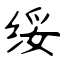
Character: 绥